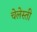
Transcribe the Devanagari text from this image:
चेलेस्ती